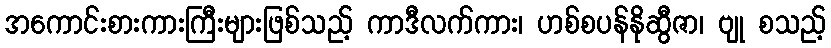
အကောင်းစားကားကြီးများဖြစ်သည့် ကာဒီလက်ကား၊ ဟစ်စပန်နိုဆွီဇာ၊ ဗျု စသည့်